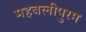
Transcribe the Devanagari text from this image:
महबलीपुरम